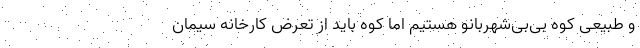
و طبیعی کوه بی‌بی‌شهربانو هستیم اما کوه باید از تعرض کارخانه سیمان